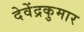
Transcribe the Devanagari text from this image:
देवेंद्रकुमार